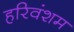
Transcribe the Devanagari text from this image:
हरिवंशम